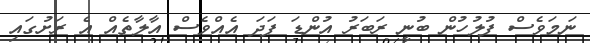
ނަމަވެސް ފުލުހުން ބުނީ ރަބަރު އުންޑަ ފަދަ އެއްވެސް އާލާތެއް އެ ރަށުގައި